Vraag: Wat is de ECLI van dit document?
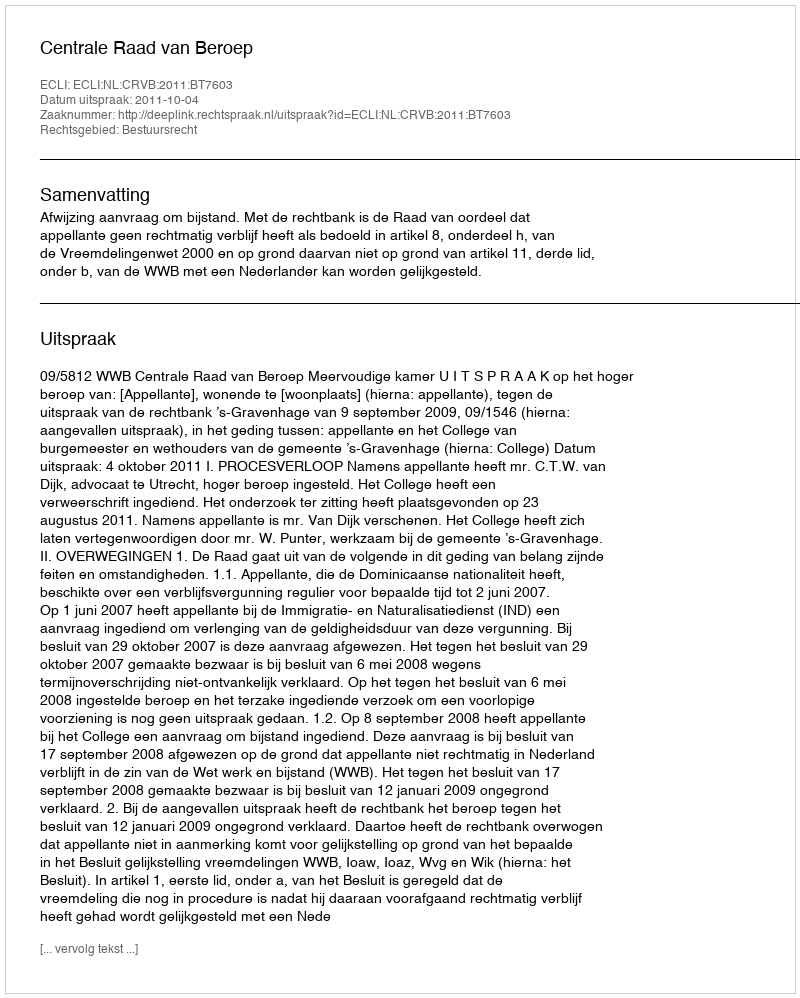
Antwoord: ECLI:NL:CRVB:2011:BT7603